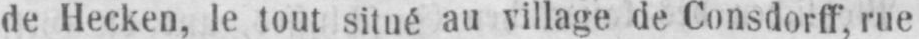
de Hecken, le tout situé au village de Consdorff. rue